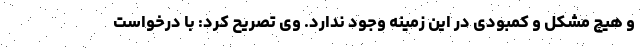
و هیچ مشکل و کمبودی در این زمینه وجود ندارد. وی تصریح کرد:‌ با درخواست